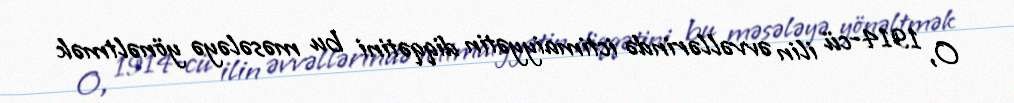
O, 1914-cü ilin əvvəllərində ictimaiyyətin diqqətini bu məsələyə yönəltmək